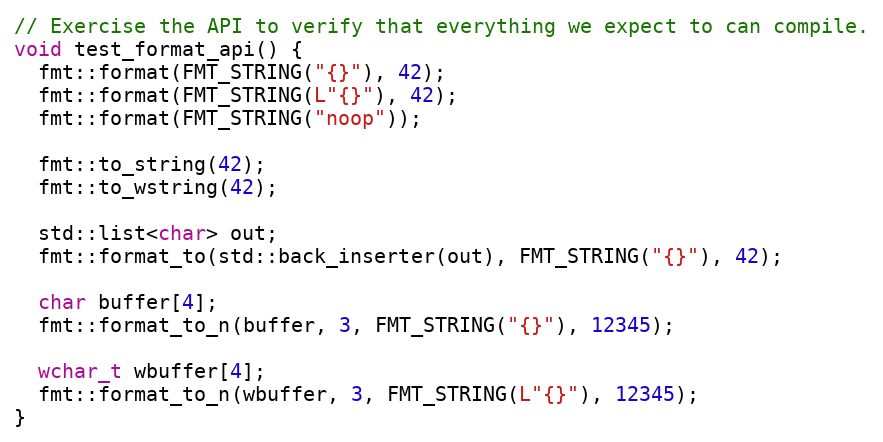
Language: C++
// Exercise the API to verify that everything we expect to can compile.
void test_format_api() {
  fmt::format(FMT_STRING("{}"), 42);
  fmt::format(FMT_STRING(L"{}"), 42);
  fmt::format(FMT_STRING("noop"));

  fmt::to_string(42);
  fmt::to_wstring(42);

  std::list<char> out;
  fmt::format_to(std::back_inserter(out), FMT_STRING("{}"), 42);

  char buffer[4];
  fmt::format_to_n(buffer, 3, FMT_STRING("{}"), 12345);

  wchar_t wbuffer[4];
  fmt::format_to_n(wbuffer, 3, FMT_STRING(L"{}"), 12345);
}